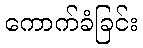
ကောက်ခံခြင်း